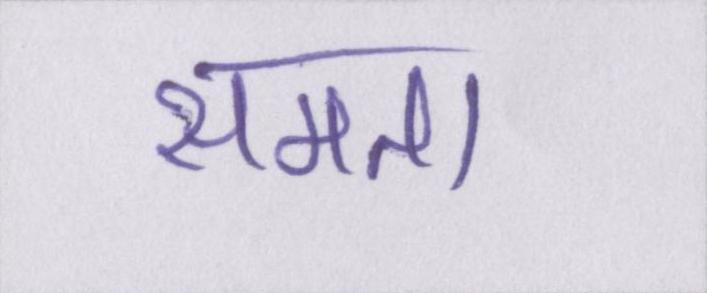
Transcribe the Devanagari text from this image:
समता